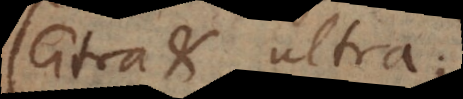
citra et ultra;